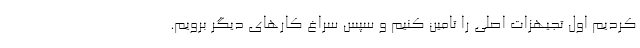
کردیم اول تجیهزات اصلی را تامین کنیم و سپس سراغ کارهای دیگر برویم.